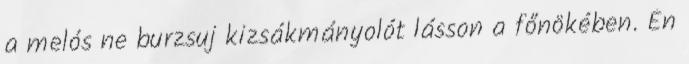
a melós ne burzsuj kizsákmányolót lásson a főnökében. Én